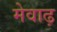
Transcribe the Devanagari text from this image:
मेवाढ़